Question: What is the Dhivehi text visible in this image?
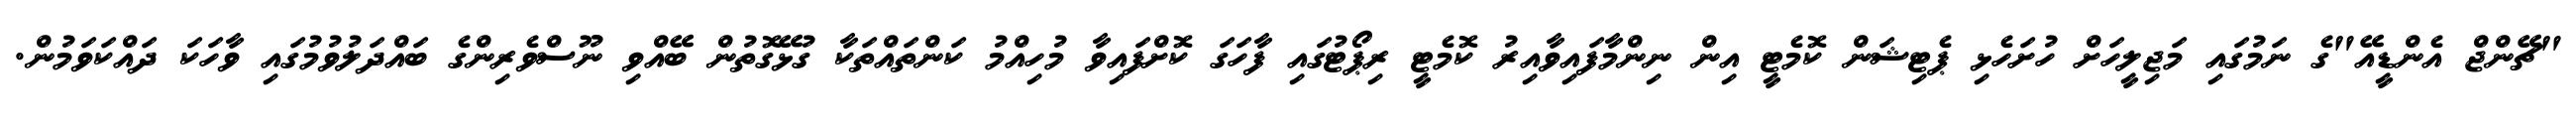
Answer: "ޗޭންޖް އެންޑީއޭ"ގެ ނަމުގައި މަޖިލީހަށް ހުށަހެޅި ޕެޓިޝަން ކޮމެޓީ އިން ނިންމާފައިވާއިރު ކޮމެޓީ ރިޕޯޓުގައި ފާހަގަ ކޮށްފައިވާ މުހިއްމު ކަންތައްތަކާ ގުޅޭގޮތުން ބޭއްވި ނޫސްވެރިންގެ ބައްދަލުވުމުގައި ވާހަކަ ދައްކަވަމުން.